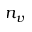
n _ { v }